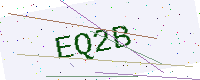
Text: EQ2B